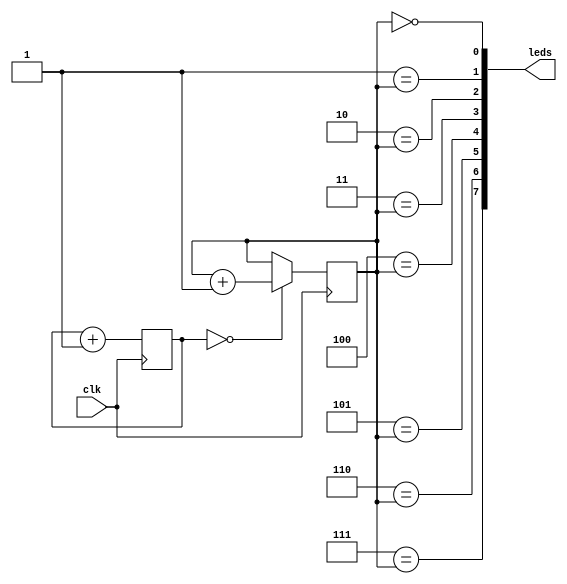
module flash (input clk, output reg [7:0] leds);
   // Counter which counts upwards continually (wrapping around).
   // We don't bother to initialize it because the initial value
   // doesn't matter.
   reg [18:0] counter;
   // This register counts from 0-7, incrementing when the
   // counter is 0.  The output is wired to the LEDs.
   reg [2:0] led_select;

   always @(posedge clk) begin
      counter <= counter + 1;

      if (counter[18:0] == 0) begin
         led_select <= led_select + 1;
      end
   end

   // Finally wire each LED so it signals the value of the led_select
   // register.
   genvar i;
   for (i = 0; i < 8; i=i+1) begin
      assign leds[i] = i == led_select;      
   end
endmodule